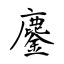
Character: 鏖